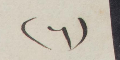
(٦)